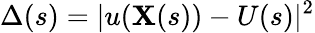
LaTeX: \Delta(s)=|u(\mathbf{X}(s))-U(s)|^{2}